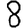
Digit: 8